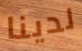
لدينا